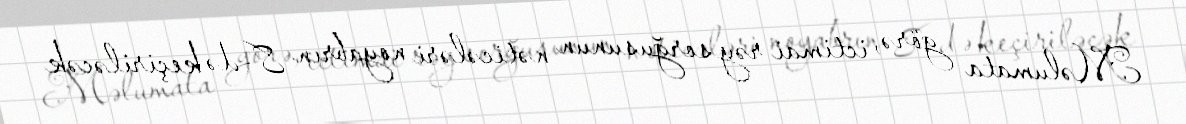
Məlumata görə, ictimai rəy sorğusunun nəticələri noyabrın 8-də keçiriləcək